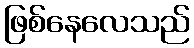
ဖြစ်နေလေသည်